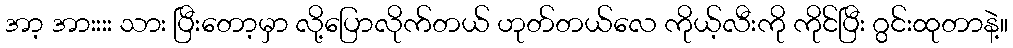
အာ့ အားးးး သား ပြီးတော့မှာ လို့ပြောလိုက်တယ် ဟုတ်တယ်လေ ကိုယ့်လီးကို ကိုင်ပြီး ဂွင်းထုတာနဲ့။